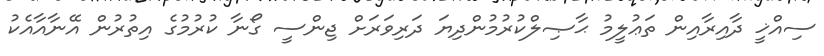
ސިއްޚީ ދާއިރާއިން ތަޢުލީމު ޙާޞިލްކުރުމުންދިޔަ ދަރިވަރަށް ޖިންސީ ގޯނާ ކުރުމުގެ އިތުރުން އޭނާއާއެކު